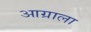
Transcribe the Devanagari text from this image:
आग्राला